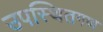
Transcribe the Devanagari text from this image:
उपस्थितगण